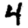
Digit: 4